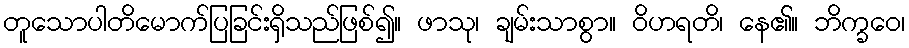
တူသောပါတိမောက်ပြခြင်းရှိသည်ဖြစ်၍။ ဖာသု၊ ချမ်းသာစွာ။ ဝိဟရတိ၊ နေ၏။ ဘိက္ခဝေ၊